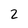
Character: 2